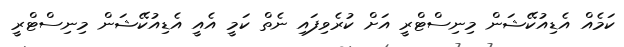
ކަމެއް އެޑިއުކޭޝަން މިނިސްޓްރީ އަށް ކުރެވިފައި ނެތް ކަމީ އެއީ އެޑިއުކޭޝަން މިނިސްޓްރީ